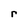
Character: r